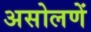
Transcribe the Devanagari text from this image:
असोलणें